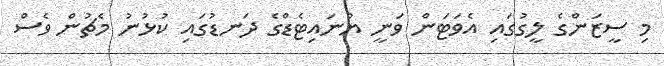
މި ސީޒަންގެ ލީގުގައި އެވަޓަން ވަނީ ޔުނައިޓެޑްގެ ދަނޑުގައި ކުޅުނު މެޗުން ވެސް